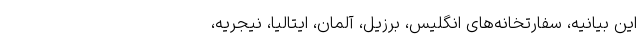
این بیانیه، سفارتخانه‌های انگلیس، برزیل، آلمان، ایتالیا، نیجریه،